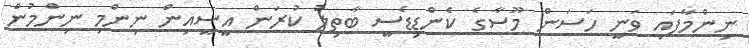
ނިންމާފައި ވަނީ ހަސަން މޫސާގެ ކެންޑިޑެސީ ބާތިލު ކުރަން އީސީއިން ނިންމި ނިންމުން